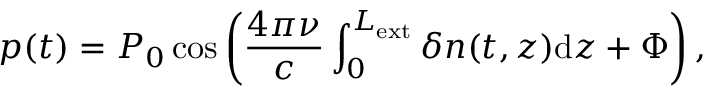
p ( t ) = P _ { 0 } \cos \left( \frac { 4 \pi \nu } { c } \int _ { 0 } ^ { L _ { \mathrm { e x t } } } \delta n ( t , z ) \mathrm { d } z + \Phi \right) ,